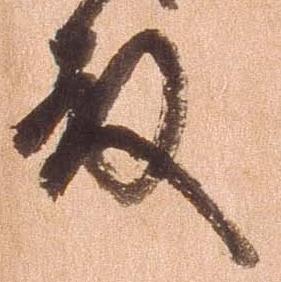
殿